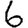
Digit: 6